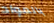
بالمواد